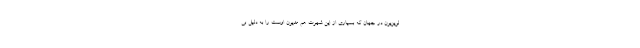
لویزیون در جهان که بسیاری از این شهرت هم مدیون اوست را به دلیل بی